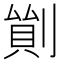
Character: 𠞿